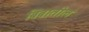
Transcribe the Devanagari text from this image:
बिंबातील